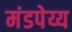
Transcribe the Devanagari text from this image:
मंडपेय्य